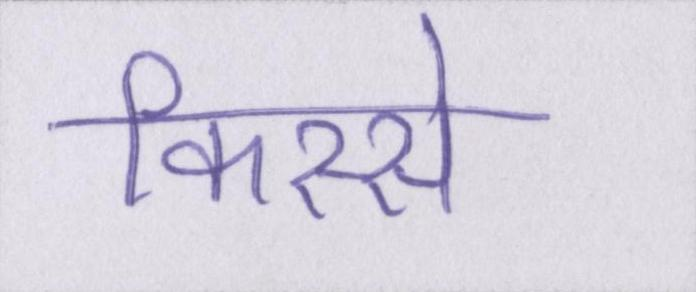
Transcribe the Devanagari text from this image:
किस्से